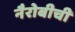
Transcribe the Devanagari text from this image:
नैरोबीची